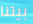
بيتنا